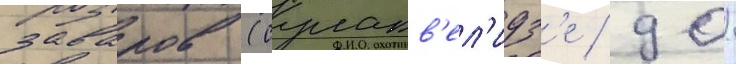
заваров (сулакв'ел'идз'е / 90)